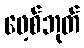
ဖေ့စ်ဘုတ်